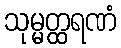
သုမ္မတ္ထရဏံ